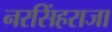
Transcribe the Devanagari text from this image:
नरसिंहराजा